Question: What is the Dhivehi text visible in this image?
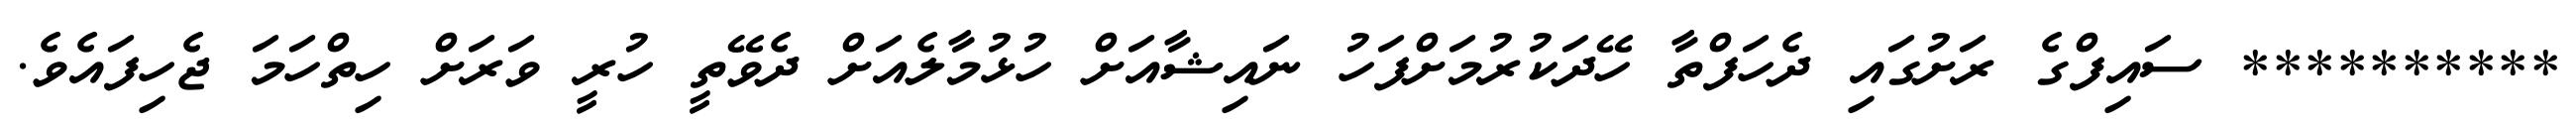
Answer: ********** ސައިފްގެ ރަށުގައި ދެހަފްތާ ހޭދަކުރުމަށްފަހު ނައިޝާއަށް ހުޅުމާލެއަށް ދެވޭތީ ހުރީ ވަރަށް ހިތްހަމަ ޖެހިފައެވެ.